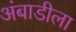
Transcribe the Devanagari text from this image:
अंबाडीला